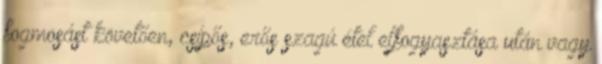
fogmosást követően, csípős, erős szagú étel elfogyasztása után vagy